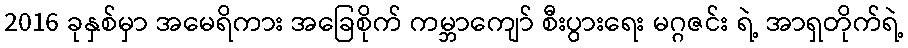
2016 ခုနှစ်မှာ အမေရိကား အခြေစိုက် ကမ္ဘာကျော် စီးပွားရေး မဂ္ဂဇင်း ရဲ့ အာရှတိုက်ရဲ့